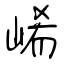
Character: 崤